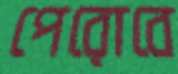
পেরোবে